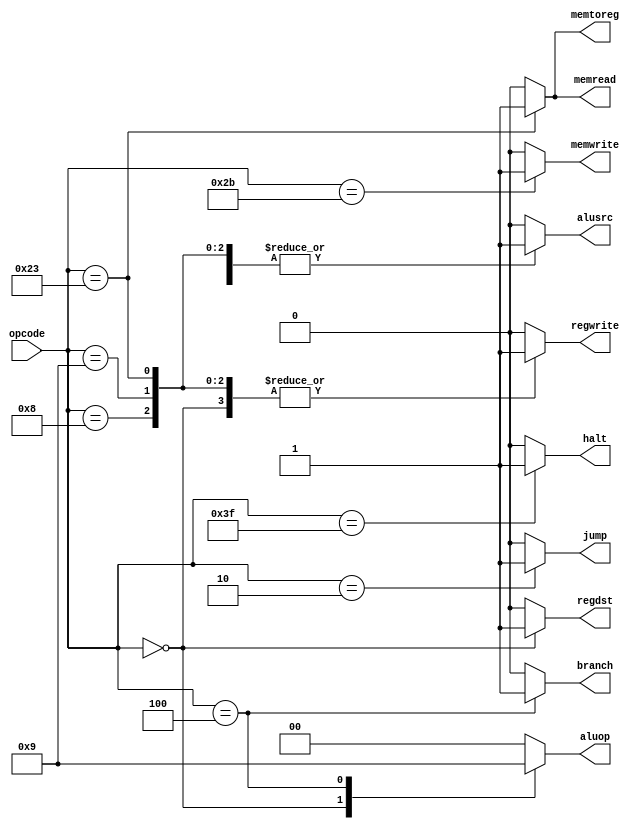
/*
 * Mark Mossberg
 * 12/5/2014
 * EECE 3324
 *
 * control.v -- cpu control decoder
 */

module control (opcode, regdst, jump, branch, memread, memtoreg, aluop,
                memwrite, alusrc, regwrite, halt);

input [5:0] opcode;
output reg regdst, jump, branch, memread, memtoreg, memwrite, alusrc, regwrite,
           halt;
output reg [1:0] aluop;

always @(opcode)
begin
    /* reset everything to 0 */
    regdst = 0;
    jump = 0;
    branch = 0;
    memread = 0;
    memtoreg = 0;
    memwrite = 0;
    alusrc = 0;
    regwrite = 0;
    aluop = 0;
    halt = 0;

    /* flip on necessary bits */
    case (opcode)
        0: // add, slt
            begin
                regdst = 1;
                regwrite = 1;
                aluop = 2'b10;
            end
        6'b001000:  // addi
            begin
                regwrite = 1;
                alusrc = 1;
            end
        6'b001001: // addiu
            begin
                regwrite = 1;
                alusrc = 1;
            end
        6'b000010: jump = 1; // j
        6'b000100:  // beq
            begin
                branch = 1;
                aluop = 2'b01;
            end
        6'b100011: // lw
            begin
                memread = 1;
                memtoreg = 1;
                regwrite = 1;
                alusrc = 1;
            end
        6'b101011: // sw
            begin
                memwrite = 1;
                alusrc = 1;
            end
        6'h3f: // hlt
            begin
                halt = 1;
            end
    endcase
end

endmodule